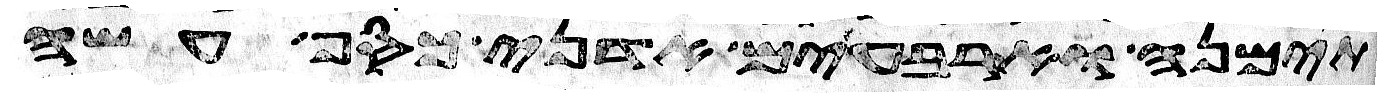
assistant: תימנה וארבעים אדני כסף עשה